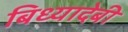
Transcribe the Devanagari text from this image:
बिध्यादेबी